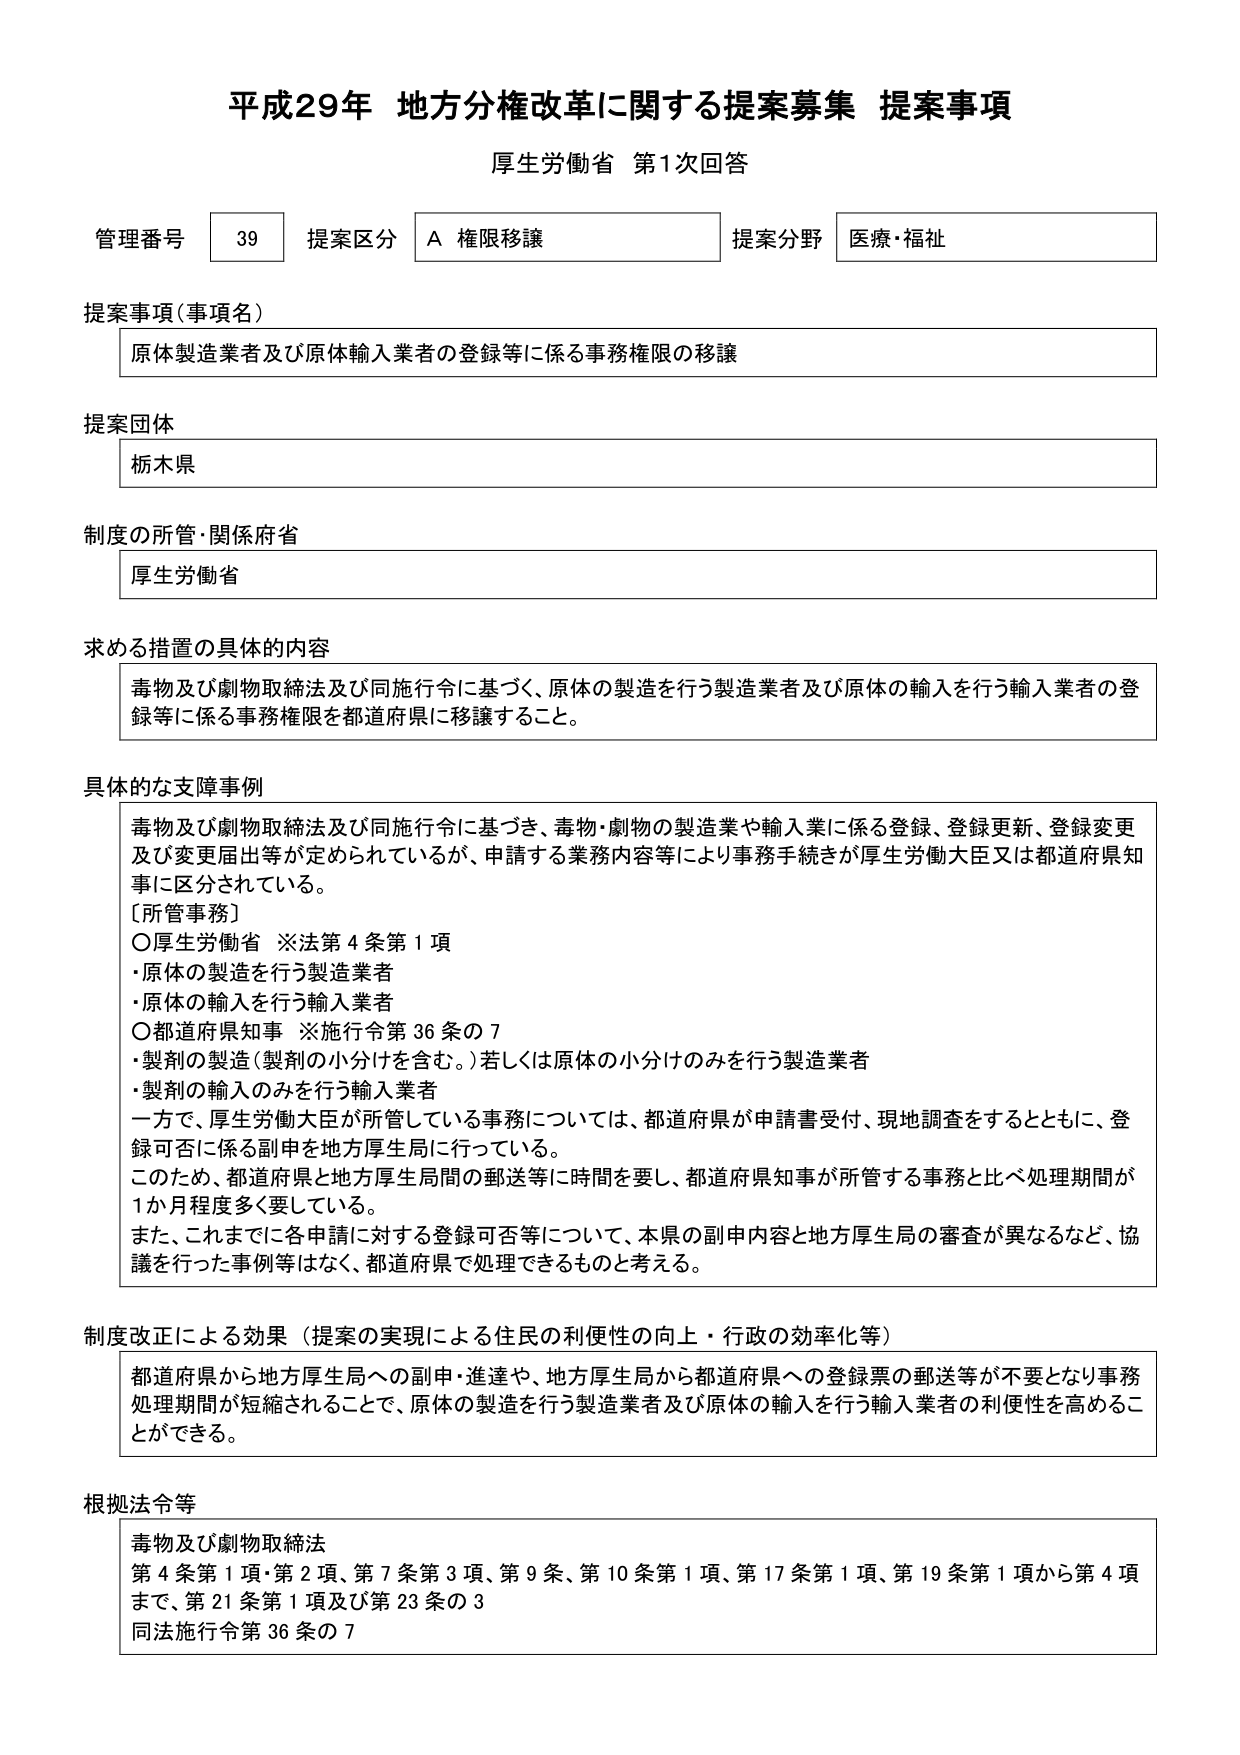
平成29年 地方分権改革に関する提案募集 提案事項
厚生労働省 第1次回答

管理番号 39 提案区分 A 権限移譲 提案分野 医療・福祉

提案事項（事項名）
原体製造業者及び原体輸入業者の登録等に係る事務権限の移譲

提案団体
栃木県

制度の所管・関係府省
厚生労働省

求める措置の具体的内容
毒物及び劇物取締法及び同施行令に基づく、原体の製造を行う製造業者及び原体の輸入を行う輸入業者の登録等に係る事務権限を都道府県に移譲すること。

具体的な支障事例
毒物及び劇物取締法及び同施行令に基づき、毒物・劇物の製造業や輸入業に係る登録、登録更新、登録変更及び変更届出等が定められているが、申請する業務内容等により事務手続きが厚生労働大臣又は都道府県知事に区分されている。
［所管事務］
〇厚生労働省 ※法第4条第1項
・原体の製造を行う製造業者
・原体の輸入を行う輸入業者
〇都道府県知事 ※施行令第36条の7
・製剤の製造（製剤の小分けを含む。）若しくは原体の小分けのみを行う製造業者
・製剤の輸入のみを行う輸入業者
一方で、厚生労働大臣が所管している事務については、都道府県が申請書受付、現地調査をするとともに、登録可否に係る副申を地方厚生局に行っている。
このため、都道府県と地方厚生局間の郵送等に時間を要し、都道府県知事が所管する事務と比べ処理期間が1か月程度多く要している。
また、これまでに各申請に対する登録可否等について、本県の副申内容と地方厚生局の審査が異なるなど、協議を行った事例等はなく、都道府県で処理できるものと考える。

制度改正による効果（提案の実現による住民の利便性の向上・行政の効率化等）
都道府県から地方厚生局への副申・進達や、地方厚生局から都道府県への登録票の郵送等が不要となり事務処理期間が短縮されることで、原体の製造を行う製造業者及び原体の輸入を行う輸入業者の利便性を高めることができる。

根拠法令等
毒物及び劇物取締法
第4条第1項・第2項、第7条第3項、第9条、第10条第1項、第17条第1項、第19条第1項から第4項まで、第21条第1項及び第23条の3
同法施行令第36条の7